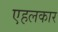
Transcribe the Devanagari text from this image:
एहलकार